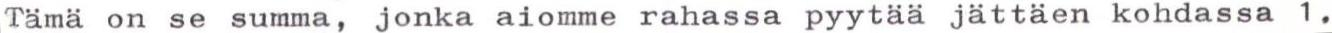
Tämä on se summa, jonka aiomme rahassa pyytää jättäen kohdassa 1.